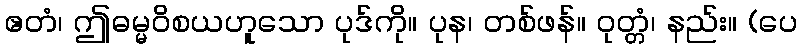
ဧတံ၊ ဤဓမ္မဝိစယဟူသော ပုဒ်ကို။ ပုန၊ တစ်ဖန်။ ဝုတ္တံ၊ နည်း။ (ပေ